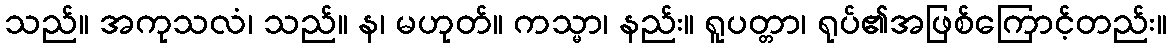
သည်။ အကုသလံ၊ သည်။ န၊ မဟုတ်။ ကသ္မာ၊ နည်း။ ရူပတ္တာ၊ ရုပ်၏အဖြစ်ကြောင့်တည်း။